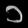
Digit: ၁